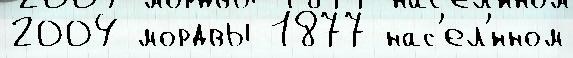
2004 мордвы 1877 нас'ел'́нном